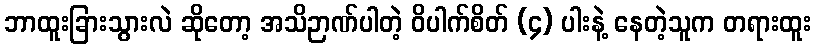
ဘာထူးခြားသွားလဲ ဆိုတော့ အသိဉာဏ်ပါတဲ့ ဝိပါက်စိတ် (၄) ပါးနဲ့ နေတဲ့သူက တရားထူး